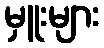
မှူးများ